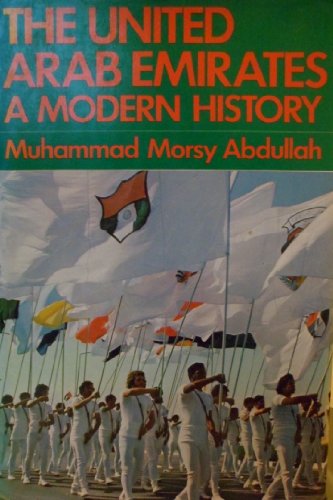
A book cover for The United Arab Emirates: A Modern History; Muhammad Mursi Abd Allah; History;